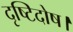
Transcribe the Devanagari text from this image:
दृष्टिदोष।